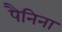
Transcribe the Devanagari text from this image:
पैनिना